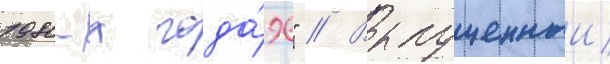
1980-х года́х" // Выпущенныи